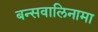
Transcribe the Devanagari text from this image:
बन्सवालिनामा